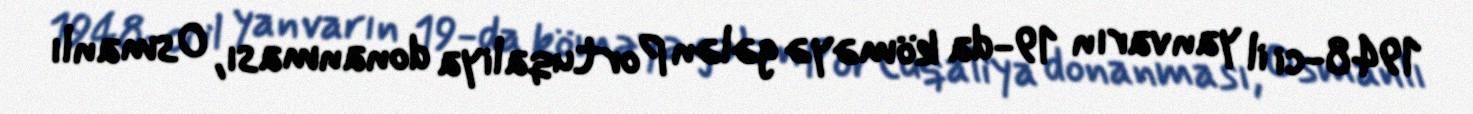
1948-ci il yanvarın 19-da köməyə gələn Portuqaliya donanması, Osmanlı